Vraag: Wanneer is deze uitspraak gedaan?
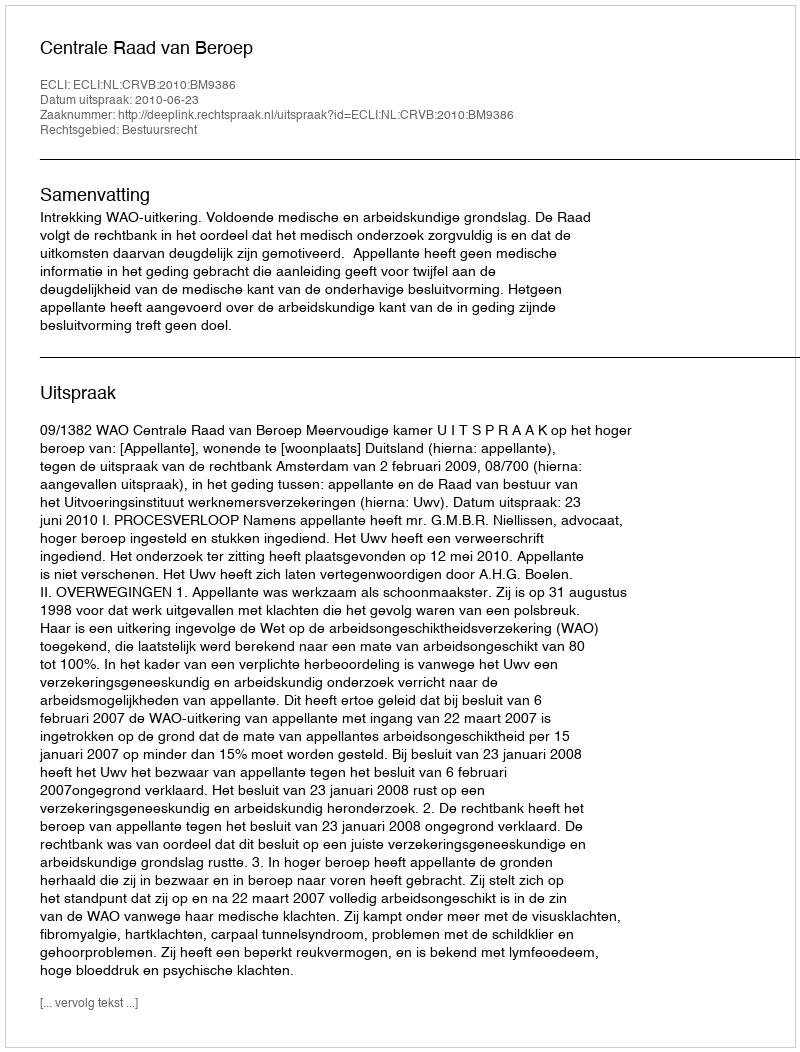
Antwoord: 2010-06-23